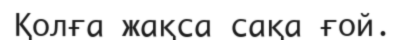
Қолға жақса сақа ғой.